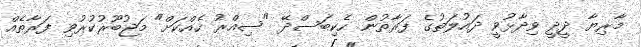
މާރިޔާ ދީދީ ވިދާޅުވީ ދައުލަތުގެ ފަރާތުން ހެކިބަސްދޭ "ސިއްރު ހެއްކަށް" މަޖުބޫރުކުރުވި ފަރާތެއް